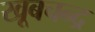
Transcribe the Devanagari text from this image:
खूबचन्द्र